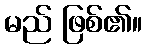
မည် ဖြစ်၏။